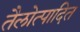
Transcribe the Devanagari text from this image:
तैलोत्पादित